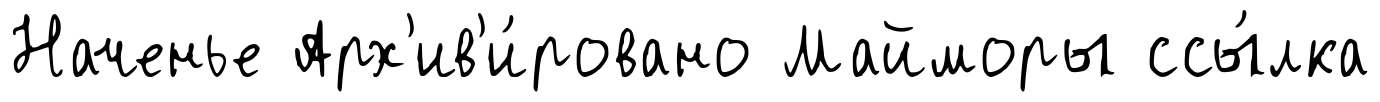
Наченье Арх'ив'и́ровано Майморы ссы́лка